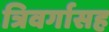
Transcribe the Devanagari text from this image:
त्रिवर्गासह